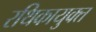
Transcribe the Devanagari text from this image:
रथिकायुक्त